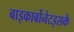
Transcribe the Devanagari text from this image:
बाइकार्बोनेटइसके